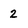
Character: 2